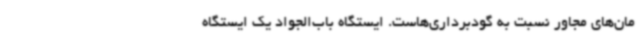
مان‌های مجاور نسبت به گودبرداری‌هاست. ایستگاه باب‌الجواد یک ایستگاه